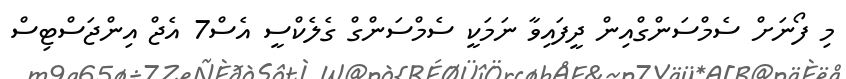
މި ފޯނަށް ސެމްސަންގްއިން ދީފައިވާ ނަމަކީ ސެމްސަންގް ގެލެކްސީ އެސް7 އެޖް އިންޖަސްޓިސް